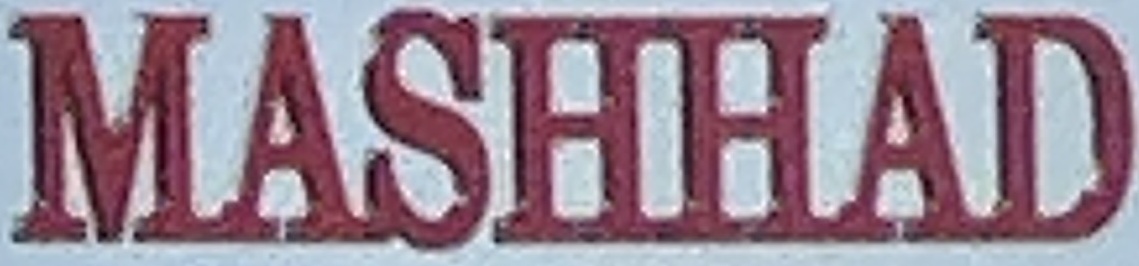
MASHHAD